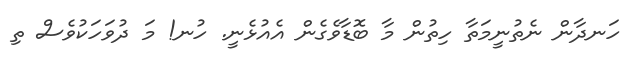
ހަނދާން ނެތުނީމަތާ ހިތުން މާ ބޮޑާވެގެން އެއުޅެނީ. ހުނ! މަ ދުވަހަކުވެސް ތި